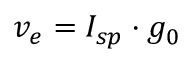
v _ { e } = I _ { s p } \cdot g _ { 0 }